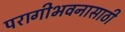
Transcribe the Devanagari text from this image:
परागीभवनासाठी